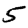
Digit: 5